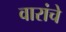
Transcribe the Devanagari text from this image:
वारांचे